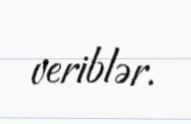
veriblər.